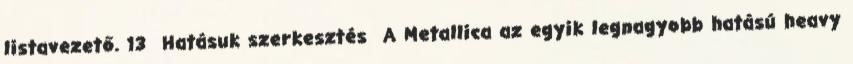
listavezető. 13 Hatásuk szerkesztés A Metallica az egyik legnagyobb hatású heavy